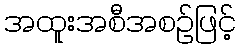
အထူးအစီအစဉ်ဖြင့်